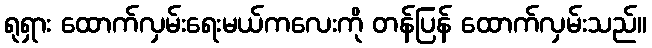
ရုရှား ထောက်လှမ်းရေးမယ်ကလေးကို တန်ပြန် ထောက်လှမ်းသည်။